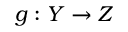
g : Y \to Z